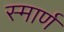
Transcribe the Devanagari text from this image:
स्मार्ण